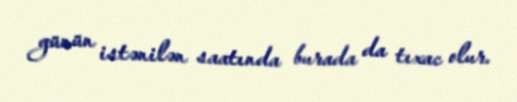
günün istənilən saatında burada da tıxac olur.